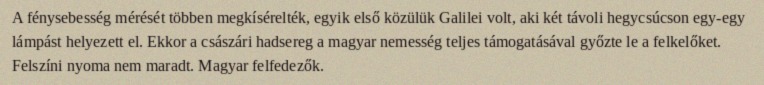
A fénysebesség mérését többen megkísérelték, egyik első közülük Galilei volt, aki két távoli hegycsúcson egy-egy lámpást helyezett el. Ekkor a császári hadsereg a magyar nemesség teljes támogatásával győzte le a felkelőket. Felszíni nyoma nem maradt. Magyar felfedezők.